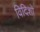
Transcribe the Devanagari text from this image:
विदिशो